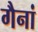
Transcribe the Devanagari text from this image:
गैनां